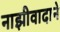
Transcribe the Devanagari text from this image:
नाझीवादाने